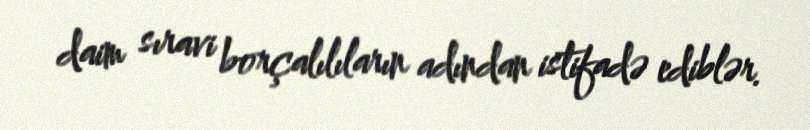
daim sıravi borçalılıların adından istifadə ediblər.